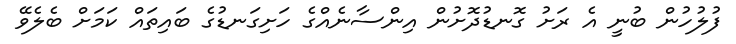
ފުލުހުން ބުނީ އެ ރަށު ގޮނޑުދޮށުން އިންސާނެއްގެ ހަށިގަނޑުގެ ބައިތައް ކަމަށް ބެލެވޭ